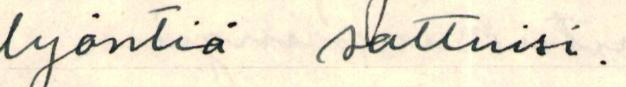
lyönriä sattuisi.